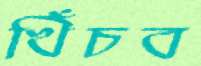
খিঁচব